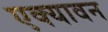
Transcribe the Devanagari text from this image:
एक्यावन